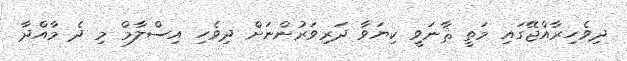
ދިވެހިރާއްޖޭގައި މަތީ ޘާނަވީ ކިޔަވާ ދަރިވަރުންނަށް ދިވެހި އިސްލާމް މި ދެ މާއްދާ